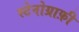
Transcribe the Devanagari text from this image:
स्टेनोग्राफ़ी